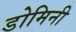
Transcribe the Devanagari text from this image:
डोमिनी